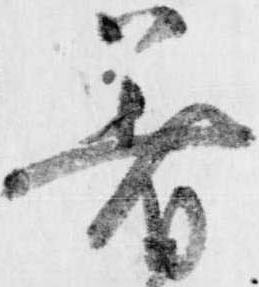
着